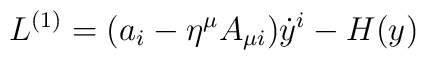
L^{(1)}=(a_i-\eta^{\mu}A_{\mu i})\dot{y}^i-H(y)